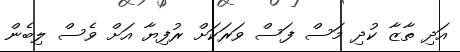
އަދި ތާޒާ ކުދި މަސް ފަސް ވަރަކަށް ރުފިޔާ އަށް ވެސް ލިބެން